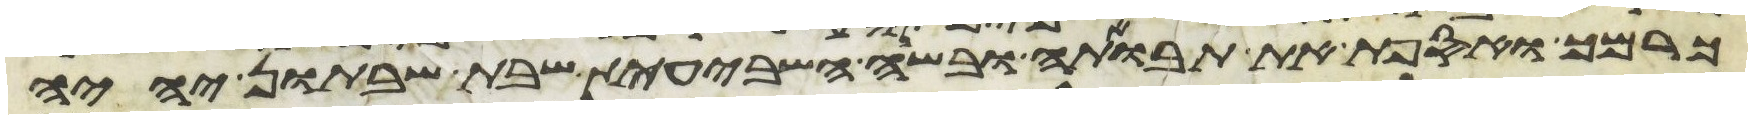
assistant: כרמך ואספת את תבואתה ובשנה השביעית שבת שבתון יהיה